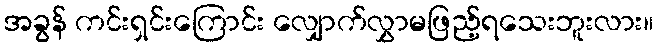
အခွန် ကင်းရှင်းကြောင်း လျှောက်လွှာမဖြည့်ရသေးဘူးလား။